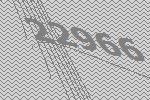
22966